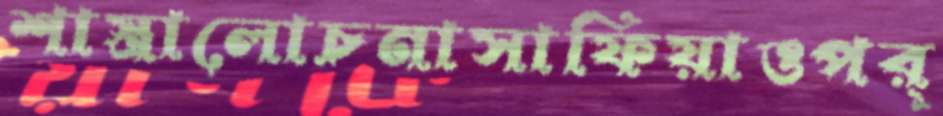
শাস্ত্রালোচনাসাফিয়াওপর্